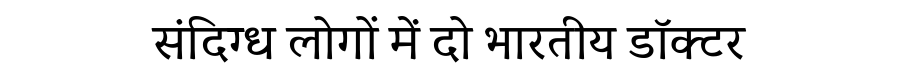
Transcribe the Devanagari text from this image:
संदिग्ध लोगों में दो भारतीय डॉक्टर